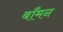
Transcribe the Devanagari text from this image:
बाँमन